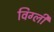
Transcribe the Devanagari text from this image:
विग्ली